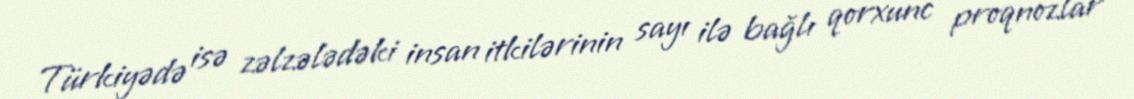
Türkiyədə isə zəlzələdəki insan itkilərinin sayı ilə bağlı qorxunc proqnozlar